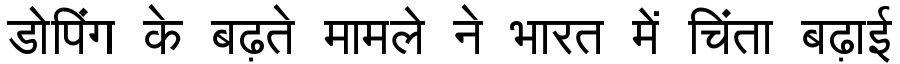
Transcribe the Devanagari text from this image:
डोपिंग के बढ़ते मामले ने भारत में चिंता बढ़ाई